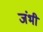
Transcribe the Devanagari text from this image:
जंभी